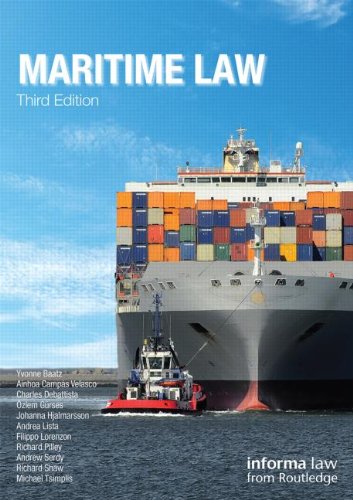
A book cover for Maritime Law (Maritime and Transport Law Library); Law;